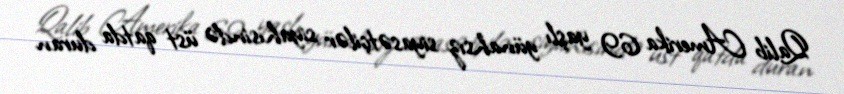
Qalib Amerika 69 yaşlı günahsız siyasətçilər siyahısində üst qatda duran